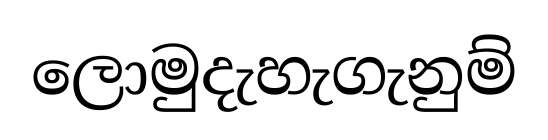
ලොමුදැහැගැනුම්